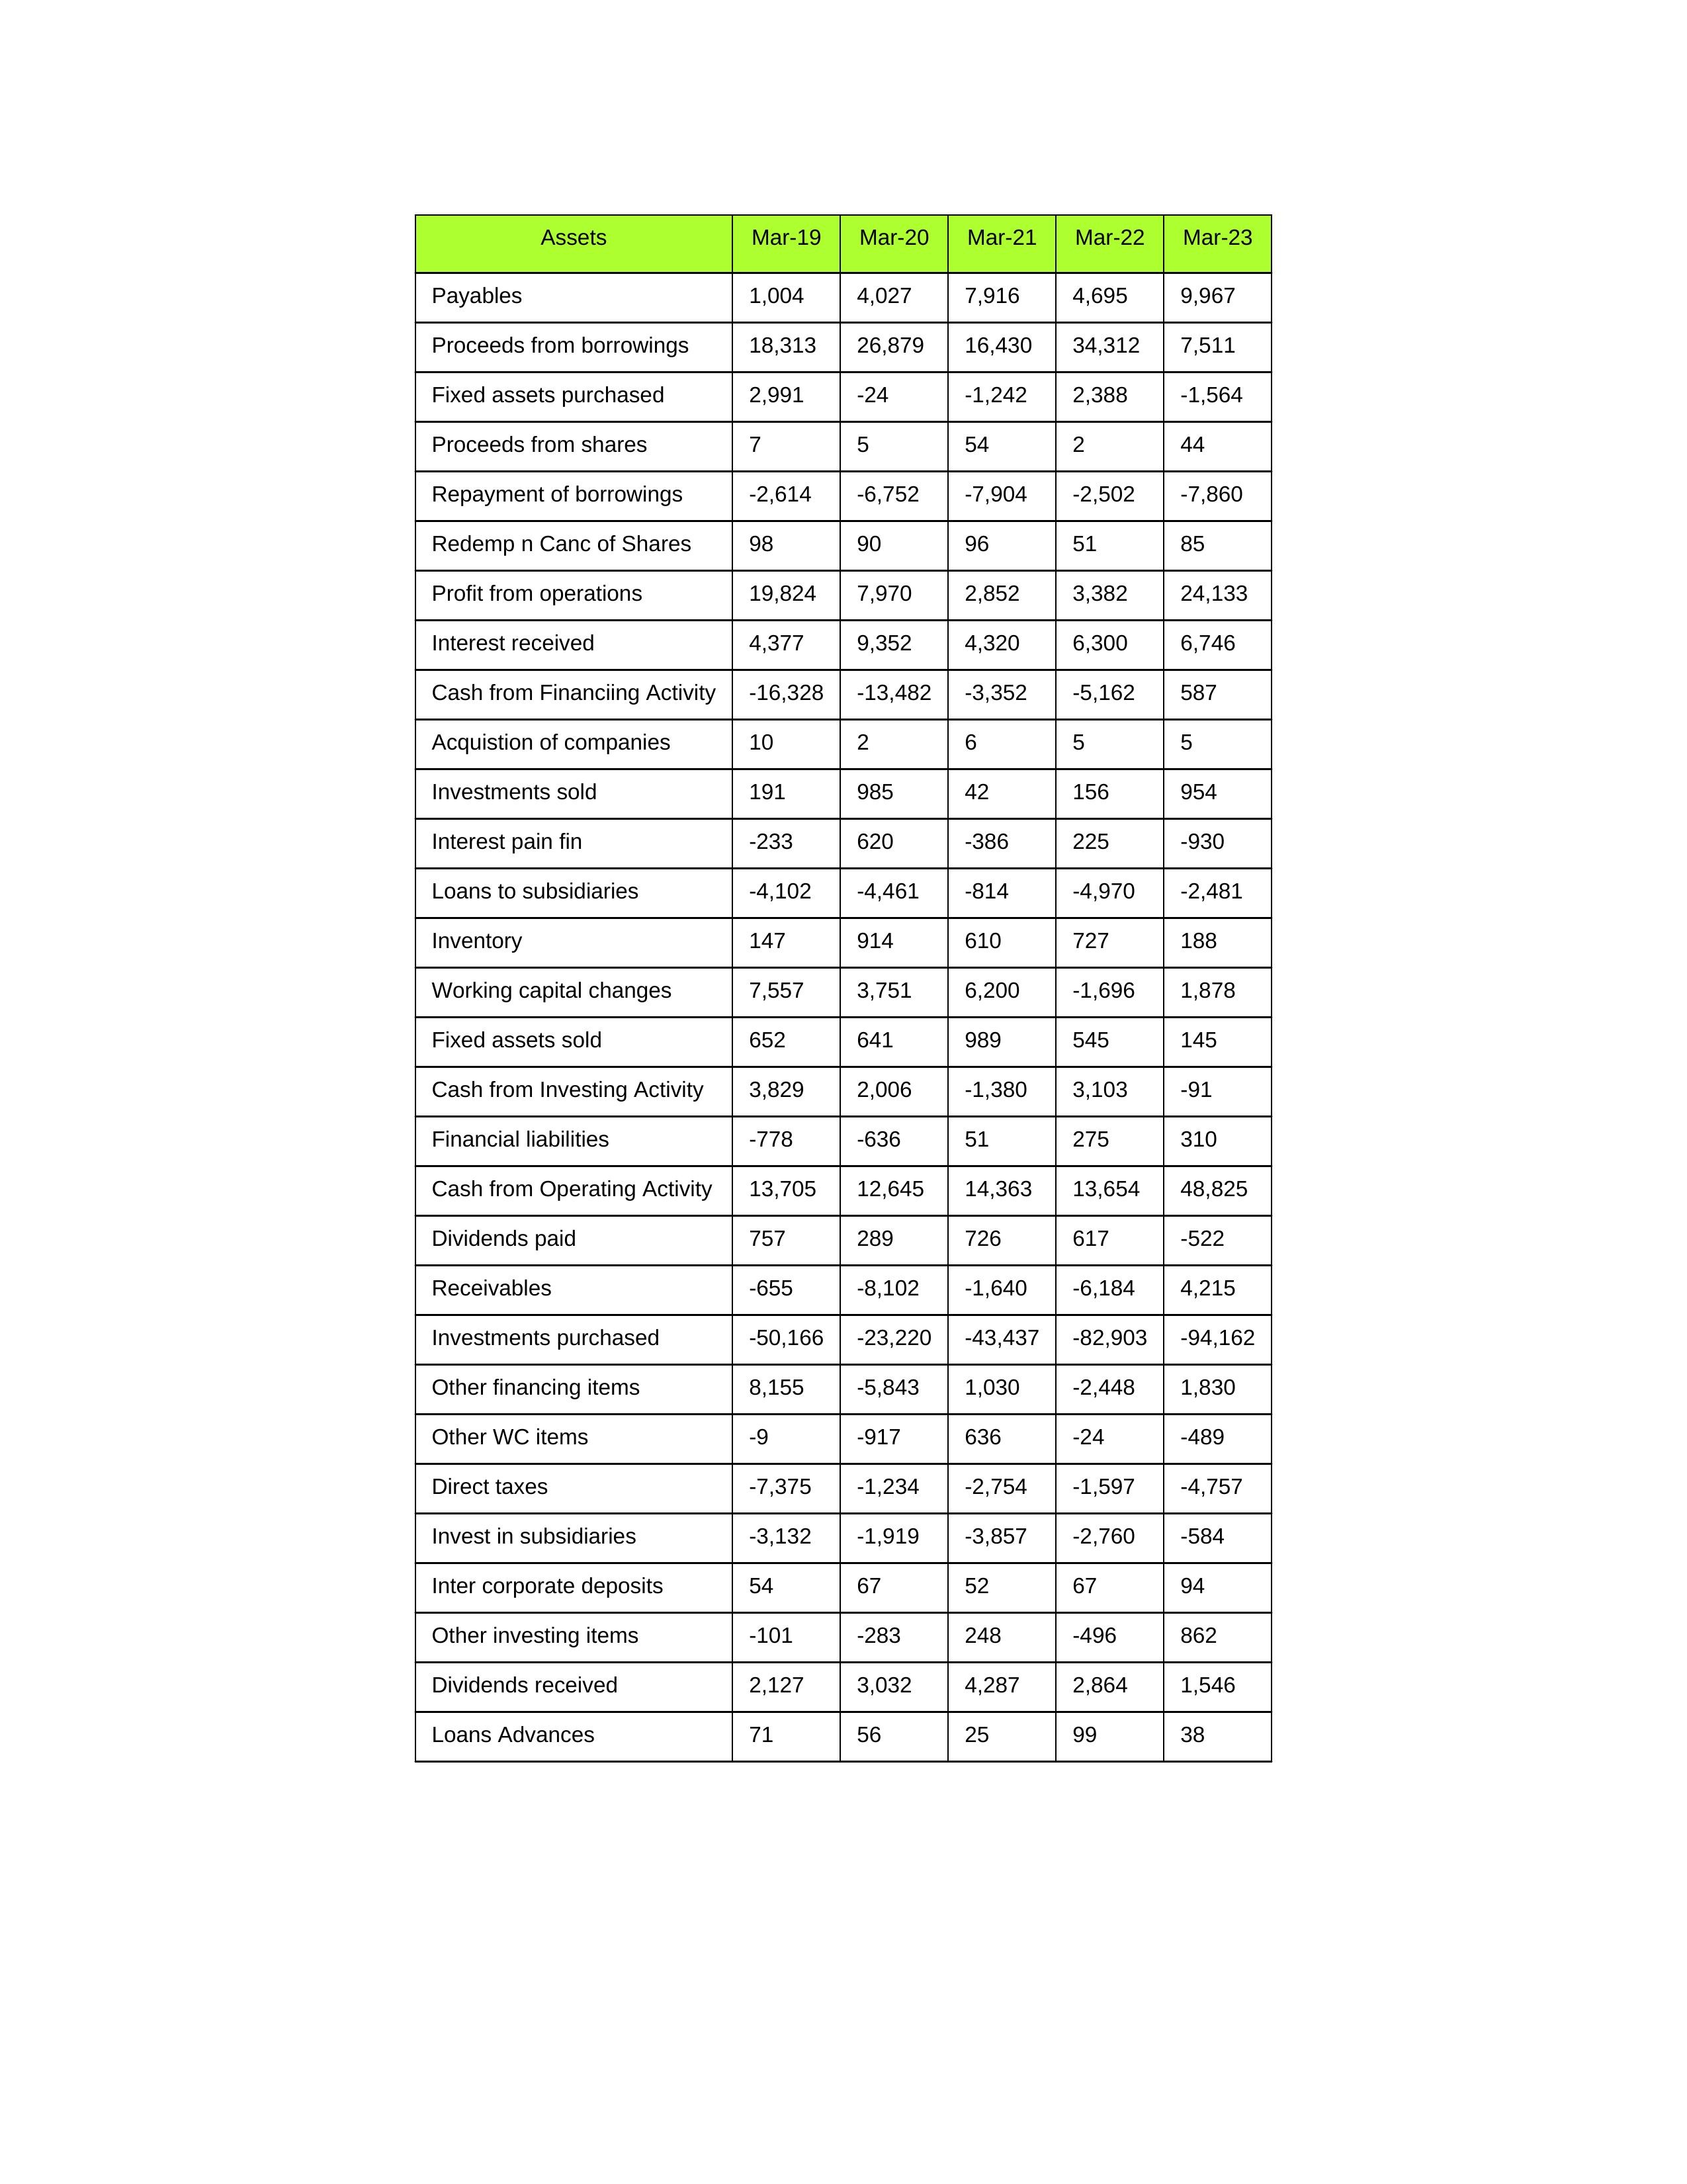
gt_parse: Mar-19: Cash from Operating Activity: 13,705
Profit from operations: 19,824
Receivables: -655
Inventory: 147
Payables: 1,004
Loans Advances: 71
Other WC items: -9
Working capital changes: 7,557
Direct taxes: -7,375
Cash from Investing Activity: 3,829
Fixed assets purchased: 2,991
Fixed assets sold: 652
Investments purchased: -50,166
Investments sold: 191
Interest received: 4,377
Dividends received: 2,127
Invest in subsidiaries: -3,132
Loans to subsidiaries: -4,102
Redemp n Canc of Shares: 98
Acquistion of companies: 10
Inter corporate deposits: 54
Other investing items: -101
Cash from Financiing Activity: -16,328
Proceeds from shares: 7
Proceeds from borrowings: 18,313
Repayment of borrowings: -2,614
Interest pain fin: -233
Dividends paid: 757
Financial liabilities: -778
Other financing items: 8,155
Mar-20: Cash from Operating Activity: 12,645
Profit from operations: 7,970
Receivables: -8,102
Inventory: 914
Payables: 4,027
Loans Advances: 56
Other WC items: -917
Working capital changes: 3,751
Direct taxes: -1,234
Cash from Investing Activity: 2,006
Fixed assets purchased: -24
Fixed assets sold: 641
Investments purchased: -23,220
Investments sold: 985
Interest received: 9,352
Dividends received: 3,032
Invest in subsidiaries: -1,919
Loans to subsidiaries: -4,461
Redemp n Canc of Shares: 90
Acquistion of companies: 2
Inter corporate deposits: 67
Other investing items: -283
Cash from Financiing Activity: -13,482
Proceeds from shares: 5
Proceeds from borrowings: 26,879
Repayment of borrowings: -6,752
Interest pain fin: 620
Dividends paid: 289
Financial liabilities: -636
Other financing items: -5,843
Mar-21: Cash from Operating Activity: 14,363
Profit from operations: 2,852
Receivables: -1,640
Inventory: 610
Payables: 7,916
Loans Advances: 25
Other WC items: 636
Working capital changes: 6,200
Direct taxes: -2,754
Cash from Investing Activity: -1,380
Fixed assets purchased: -1,242
Fixed assets sold: 989
Investments purchased: -43,437
Investments sold: 42
Interest received: 4,320
Dividends received: 4,287
Invest in subsidiaries: -3,857
Loans to subsidiaries: -814
Redemp n Canc of Shares: 96
Acquistion of companies: 6
Inter corporate deposits: 52
Other investing items: 248
Cash from Financiing Activity: -3,352
Proceeds from shares: 54
Proceeds from borrowings: 16,430
Repayment of borrowings: -7,904
Interest pain fin: -386
Dividends paid: 726
Financial liabilities: 51
Other financing items: 1,030
Mar-22: Cash from Operating Activity: 13,654
Profit from operations: 3,382
Receivables: -6,184
Inventory: 727
Payables: 4,695
Loans Advances: 99
Other WC items: -24
Working capital changes: -1,696
Direct taxes: -1,597
Cash from Investing Activity: 3,103
Fixed assets purchased: 2,388
Fixed assets sold: 545
Investments purchased: -82,903
Investments sold: 156
Interest received: 6,300
Dividends received: 2,864
Invest in subsidiaries: -2,760
Loans to subsidiaries: -4,970
Redemp n Canc of Shares: 51
Acquistion of companies: 5
Inter corporate deposits: 67
Other investing items: -496
Cash from Financiing Activity: -5,162
Proceeds from shares: 2
Proceeds from borrowings: 34,312
Repayment of borrowings: -2,502
Interest pain fin: 225
Dividends paid: 617
Financial liabilities: 275
Other financing items: -2,448
Mar-23: Cash from Operating Activity: 48,825
Profit from operations: 24,133
Receivables: 4,215
Inventory: 188
Payables: 9,967
Loans Advances: 38
Other WC items: -489
Working capital changes: 1,878
Direct taxes: -4,757
Cash from Investing Activity: -91
Fixed assets purchased: -1,564
Fixed assets sold: 145
Investments purchased: -94,162
Investments sold: 954
Interest received: 6,746
Dividends received: 1,546
Invest in subsidiaries: -584
Loans to subsidiaries: -2,481
Redemp n Canc of Shares: 85
Acquistion of companies: 5
Inter corporate deposits: 94
Other investing items: 862
Cash from Financiing Activity: 587
Proceeds from shares: 44
Proceeds from borrowings: 7,511
Repayment of borrowings: -7,860
Interest pain fin: -930
Dividends paid: -522
Financial liabilities: 310
Other financing items: 1,830